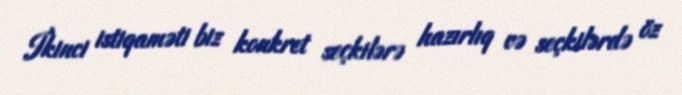
İkinci istiqaməti biz konkret seçkilərə hazırlıq və seçkilərdə öz